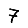
Digit: 7